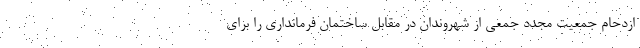
ازدحام جمعیت مجدد جمعی از شهروندان در مقابل ساختمان فرمانداری را برای